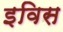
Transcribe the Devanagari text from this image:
इविस